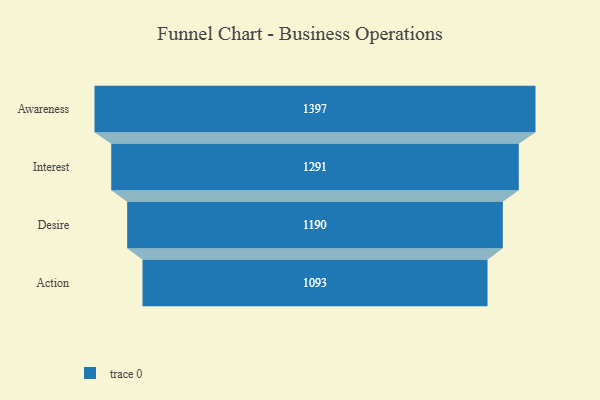
{"axis": {"x": "Stage", "y": "Value"}, "legend": [""], "data": [{"x": "Awareness", "y": 1397.0, "type": ""}, {"x": "Interest", "y": 1291.0, "type": ""}, {"x": "Desire", "y": 1190.0, "type": ""}, {"x": "Action", "y": 1093.0, "type": ""}]}